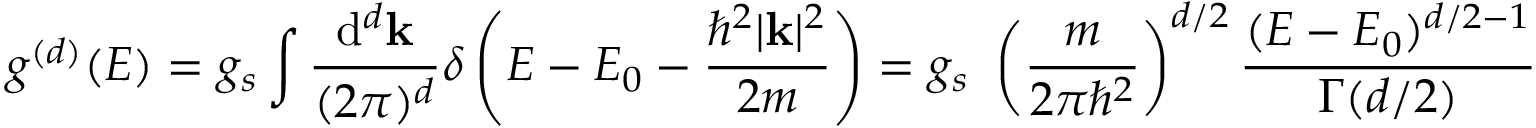
g ^ { ( d ) } ( E ) = g _ { s } \int { \frac { \mathrm { d } ^ { d } \mathbf { k } } { ( 2 \pi ) ^ { d } } } \delta \left( E - E _ { 0 } - { \frac { \hbar ^ { 2 } | \mathbf { k } | ^ { 2 } } { 2 m } } \right) = g _ { s } \ \left( { \frac { m } { 2 \pi \hbar ^ { 2 } } } \right) ^ { d / 2 } { \frac { ( E - E _ { 0 } ) ^ { d / 2 - 1 } } { \Gamma ( d / 2 ) } }